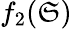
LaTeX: f_{2}(\mathfrak{S})